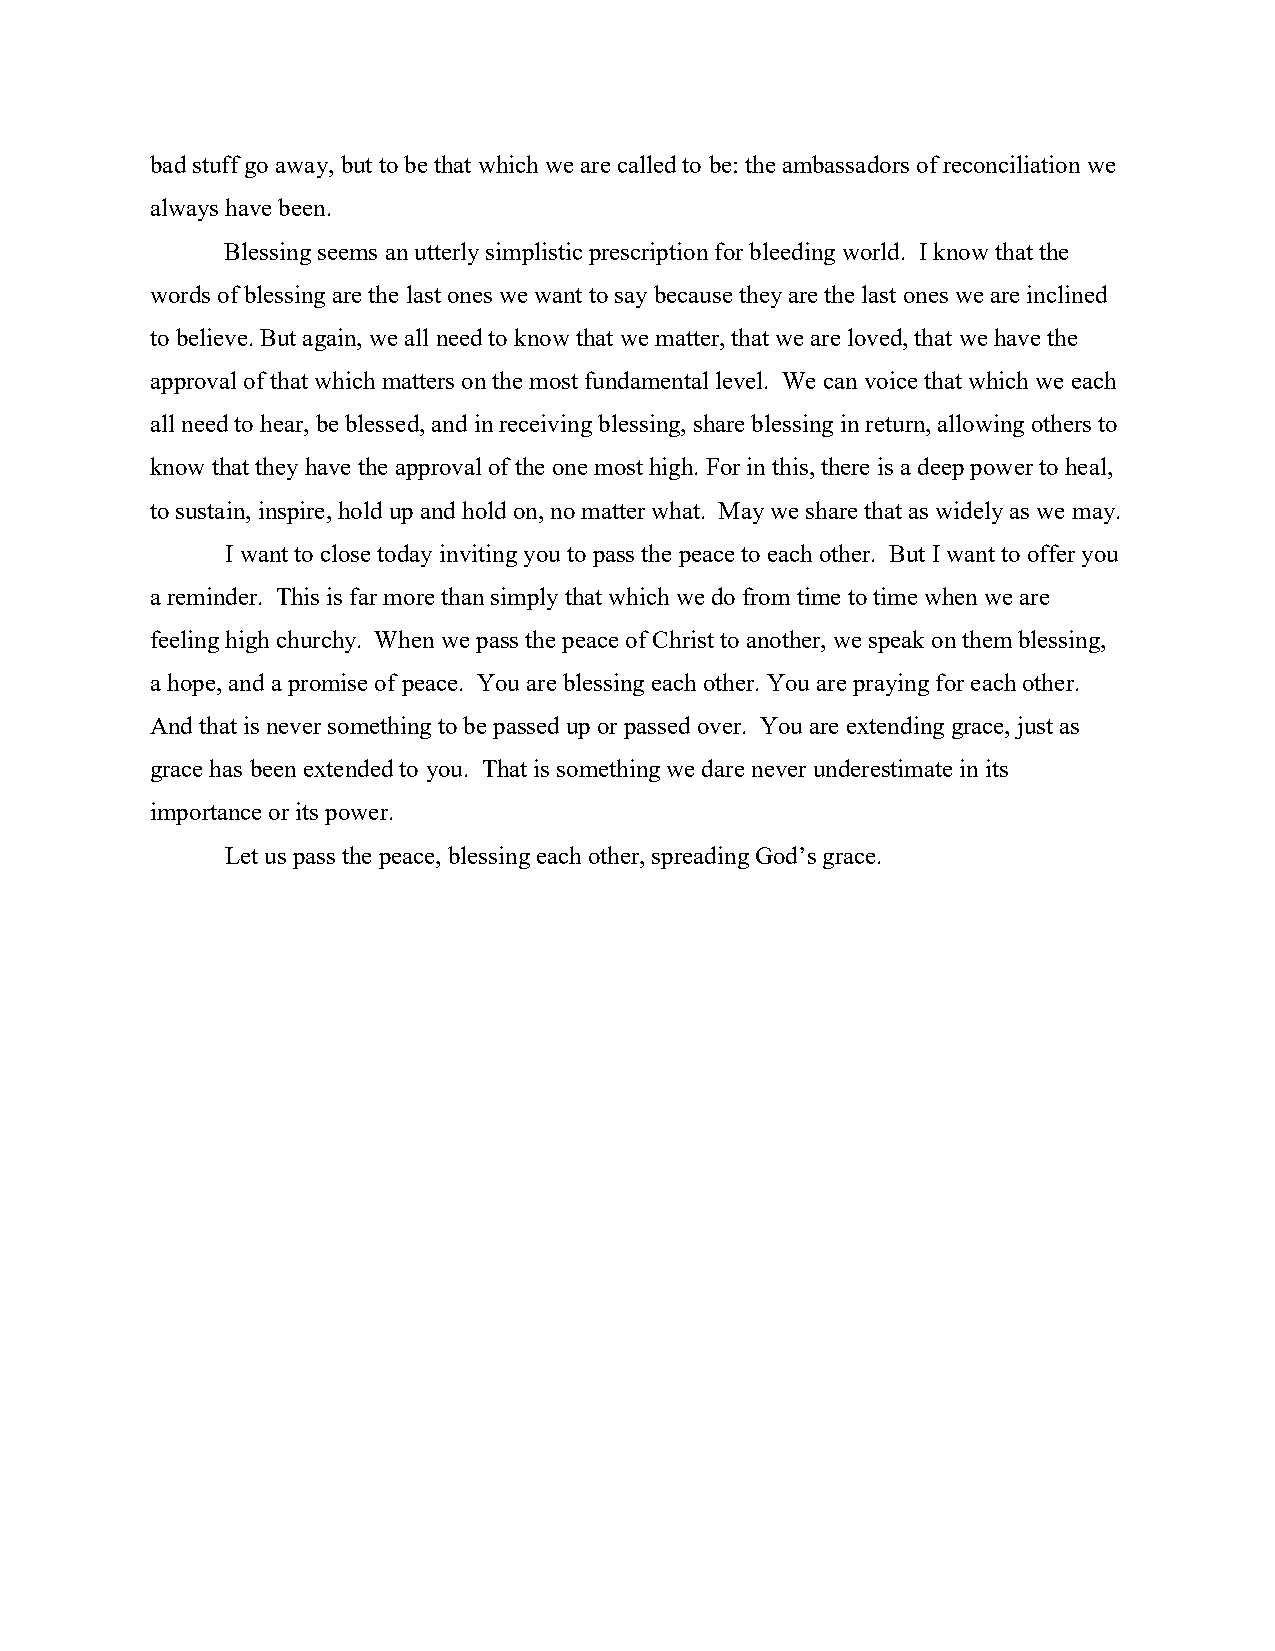
bad stuff go away, but to be that which we are called to be: the ambassadors of reconciliation we
 always have been.
 Blessing seems an utterly simplistic prescription for bleeding world. I know that the
 words of blessing are the last ones we want to say because they are the last ones we are inclined
 to believe. But again, we all need to know that we matter, that we are loved, that we have the
 approval of that which matters on the most fundamental level. We can voice that which we each
 all need to hear, be blessed, and in receiving blessing, share blessing in return, allowing others to
 know that they have the approval of the one most high. For in this, there is a deep power to heal,
 to sustain, inspire, hold up and hold on, no matter what. May we share that as widely as we may.
 I want to close today inviting you to pass the peace to each other. But I want to offer you
 a reminder. This is far more than simply that which we do from time to time when we are
 feeling high churchy. When we pass the peace of Christ to another, we speak on them blessing,
 a hope, and a promise of peace. You are blessing each other. You are praying for each other.
 And that is never something to be passed up or passed over. You are extending grace, just as
 grace has been extended to you. That is something we dare never underestimate in its
 importance or its power.
 Let us pass the peace, blessing each other, spreading God’s grace.